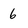
Character: 6